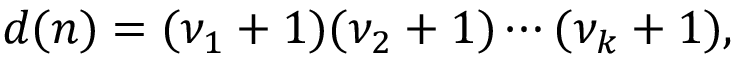
d ( n ) = ( \nu _ { 1 } + 1 ) ( \nu _ { 2 } + 1 ) \cdots ( \nu _ { k } + 1 ) ,